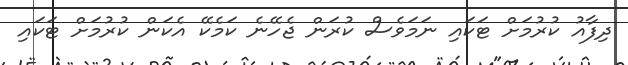
ދިފާއު ކުރުމަށް ޓަކައި ނަމަވެސް ކުރަން ޖެހޭނެ ކަމެކޭ އެކަން ކުރުމަށް ޓަކައި